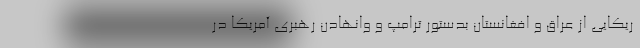
ریکایی از عراق و افغانستان بدستور ترامپ و وانهادن رهبری آمریکا در